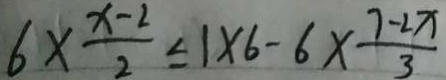
6 \times \frac { x - 2 } { 2 } \leq 1 \times 6 - 6 \times \frac { 7 - 2 x } { 3 }